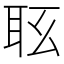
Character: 𦕇